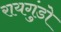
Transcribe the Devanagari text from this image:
रायगुंडो